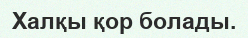
Халқы қор болады.